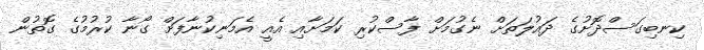
ކިނބިގަސްދޮށުގެ ދައުލަތަށް ނެގުމަށް ފާސްކުރި ކަމަށާއި އެއީ އެމަނިކުނާފަށް ގޯނާ ކުރުމުގެ ގޮތުން